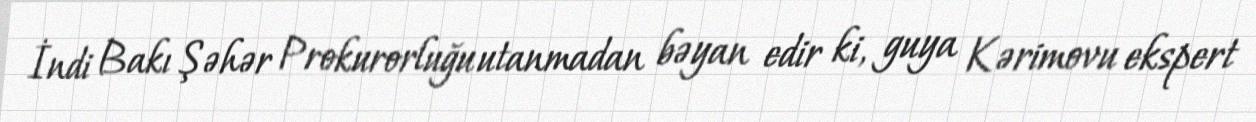
İndi Bakı Şəhər Prokurorluğu utanmadan bəyan edir ki, guya Kərimovu ekspert